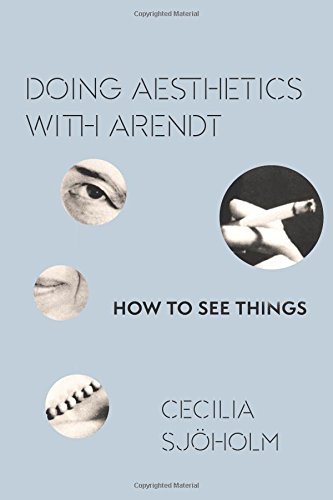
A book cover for Doing Aesthetics with Arendt: How to See Things (Columbia Themes in Philosophy, Social Criticism, and the Arts); Cecilia SjÃ¶holm; Politics & Social Sciences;